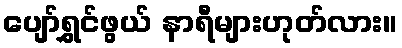
ပျော်ရွှင်ဖွယ် နာရီများဟုတ်လား။